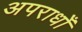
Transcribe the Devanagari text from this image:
अपराधोँ